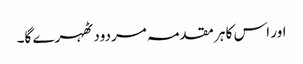
اور اس کا ہر مقدمہ مردود ٹھہرے گا۔